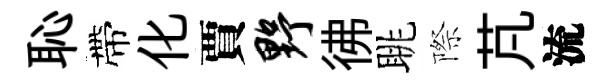
恥帶化賈野彿眺際芃流